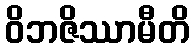
ဝိဘဇိဿာမီတိ